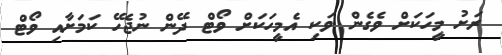
ރަށު މީހަކަށް ވެގެން ވަކި އެމީހަކަށް ވޯޓް ދޭން ނުޖެހޭ ކަމަށާއި ވޯޓް